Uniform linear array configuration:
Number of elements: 4
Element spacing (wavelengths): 1
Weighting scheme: blackman
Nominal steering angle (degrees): -15
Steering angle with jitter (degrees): -16.882
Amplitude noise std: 0.05
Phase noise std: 0.05

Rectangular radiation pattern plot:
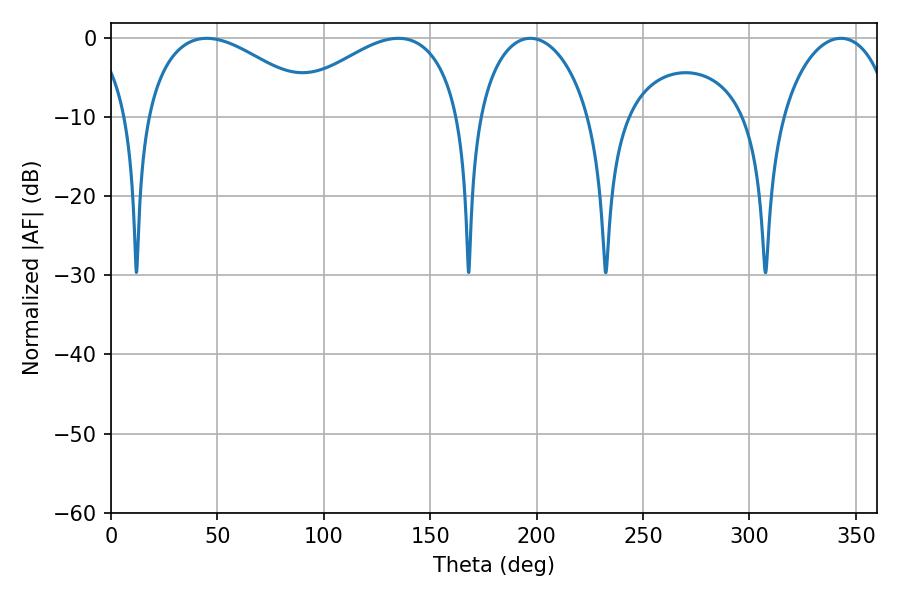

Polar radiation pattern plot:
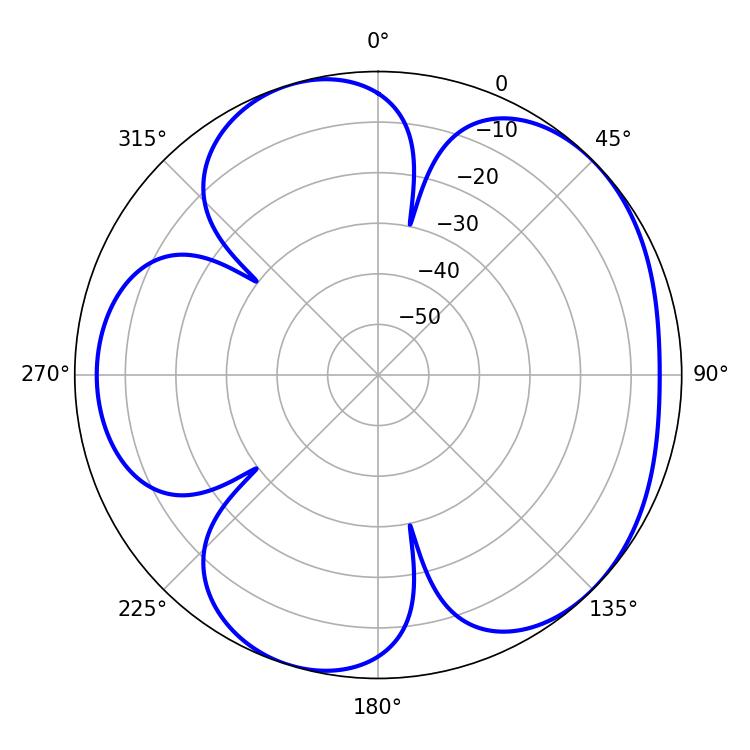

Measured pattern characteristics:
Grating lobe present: TRUE
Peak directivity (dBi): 4.933
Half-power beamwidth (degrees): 45.72
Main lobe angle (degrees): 45